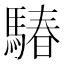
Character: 䮞